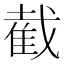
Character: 截